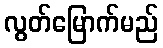
လွတ်မြောက်မည်